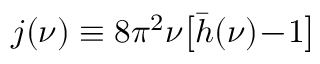
j ( \nu ) \equiv 8 \pi ^ { 2 } \nu \big [ \bar { h } ( \nu ) \! - \! 1 \big ]